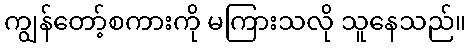
ကျွန်တော့်စကားကို မကြားသလို သူနေသည်။